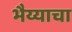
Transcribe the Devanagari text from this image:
भैय्याचा